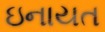
ઇનાયત